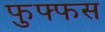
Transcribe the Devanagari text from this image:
फुफ्फस